system: You are a helpful assistant.
user:
Analyze the provided spectrum to determine if it is a **M-type Giant (gM)**.

A M-type Giant spectrum is defined by its **strong molecular absorption** features, particularly from **Titanium Oxide (TiO)**. You must check for one of the following mutually exclusive signatures:

- **Key Visual Indicators (Absorption-Dominated Spectrum):**

    - **(Primary):** The spectrum is dominated by strong molecular absorption from **Titanium Oxide (TiO)**. This is the **defining feature** of its M-type temperature class.
        - **(Key Bandheads):** Look for sharp, "saw-tooth" absorption valleys. The strongest are located near **~7050 Å**, **~6160 Å**, and **~5170 Å**.
        - **(Line Profile):** The "saw-tooth" morphology is critical: a **sharp, steep drop on the BLUE (short-wavelength) side** of the bandhead, followed by a gradual recovery (rising flux) towards the RED (long-wavelength) side.

    - **(Key Confirmation - Giant vs. Dwarf):** **ABSENCE** of strong **Calcium Hydride (CaH)** molecular bands. This is the primary diagnostic for *excluding* M-dwarfs.
        - **(Key Region):** The spectrum should lack the strong, broad absorption band seen in dwarfs between **~6800 Å and ~7000 Å**.

    - **(Secondary Confirmation - Giant):** A very strong and broad **Neutral Calcium (Ca I)** atomic absorption line.
        - **(Key Line):** Located at **~4226 Å**. In a giant (gM), this line is significantly deeper and broader than the same line in an M-dwarf (dM) due to low surface gravity.

    - **(Overall Spectrum):**
        - The continuum is **extremely red-sloping** (i.e., flux is very low in the blue and rises dramatically towards the red).
        - The entire spectrum appears "chopped up" by the deep TiO bands.

Think first, call **spectral_visualization_tool** if needed to examine features in detail, then provide your final answer. Your response must adhere to the following strict rules:
1.  **Overall Structure:** Your response must follow the format `<think>...</think> <tool_call>...</tool_call> (if a tool is used) <answer>...</answer>`.
2.  **Tool Usage Constraint:** You may only make **one** tool call per turn.
3.  **Final Answer Format:** In the `<answer>` tag, your conclusion must be inside a `\boxed{}` command (e.g., `\boxed{YES}` or `\boxed{NO}`), followed by your justification.

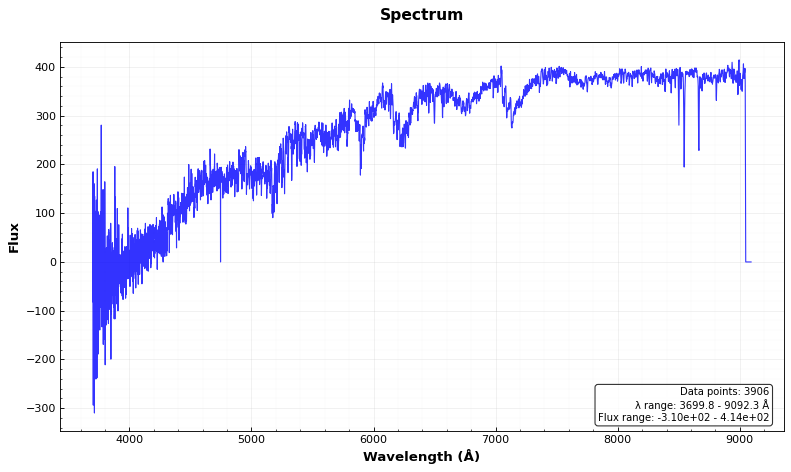
Answer: YES